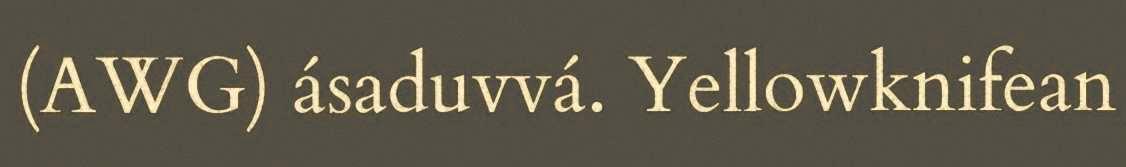
(AWG) ásaduvvá. Yellowknifean